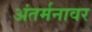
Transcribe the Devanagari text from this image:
अंतर्मनावर